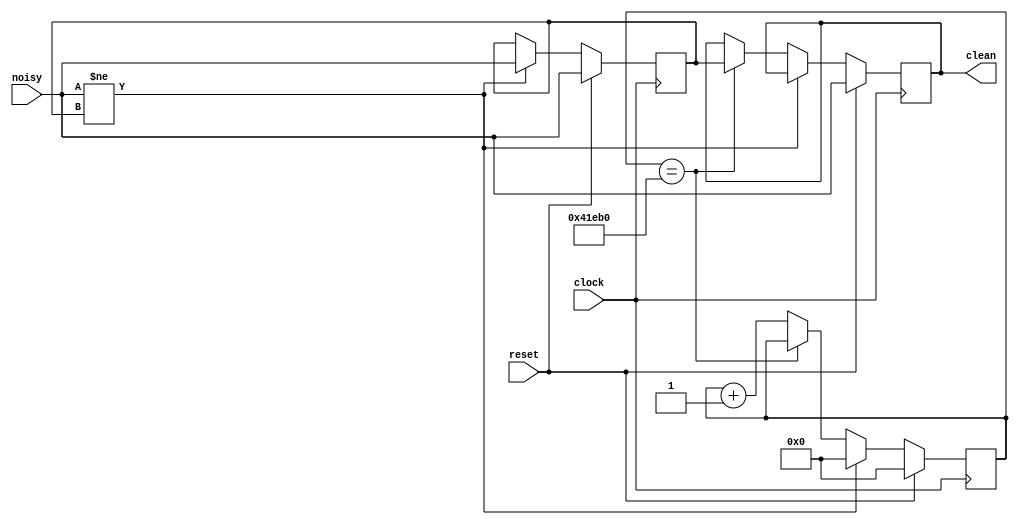
`timescale 1ns / 1ps
//////////////////////////////////////////////////////////////////////////////////
// Company: 
// Engineer: 
// 
// Design Name: 
// Module Name:    BaseDebouncer 
// Project Name: 
// Target Devices: 
// Tool versions: 
// Description: 
//
// Dependencies: 
//
// Revision: 
// Revision 0.01 - File Created
// Additional Comments: 
//
//////////////////////////////////////////////////////////////////////////////////
module BaseDebouncer(reset, clock, noisy, clean);
   parameter DELAY = 270000;   // .01 sec with a 27Mhz clock
   input reset, clock, noisy;
   output clean;

   reg [18:0] count;
   reg new, clean;

   always @(posedge clock)
     if (reset)
       begin
	  count <= 0;
	  new <= noisy;
	  clean <= noisy;
       end
     else if (noisy != new)
       begin
	  new <= noisy;
	  count <= 0;
       end
     else if (count == DELAY)
       clean <= new;
     else
       count <= count+1;
endmodule